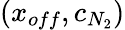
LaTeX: (x_{off},c_{N_{2}})